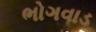
ભોગવાડ